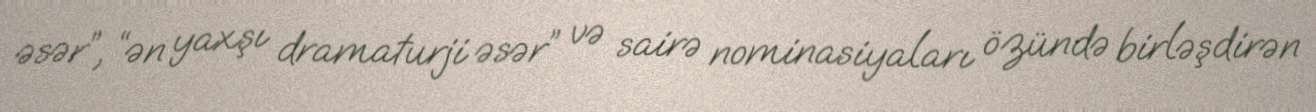
əsər”, “ən yaxşı dramaturji əsər” və sairə nominasiyaları özündə birləşdirən